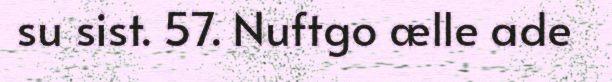
su sist. 57. Nuftgo ælle ade